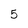
Character: 5